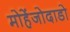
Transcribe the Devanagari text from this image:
मोहेंजोदाडो